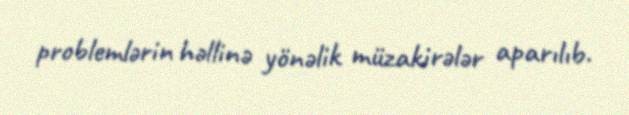
problemlərin həllinə yönəlik müzakirələr aparılıb.